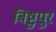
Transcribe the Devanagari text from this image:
बिष्टुपुर